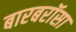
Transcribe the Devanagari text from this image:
बारबरॉसा